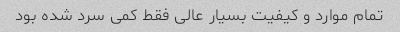
تمام موارد و کیفیت بسیار عالی فقط کمی سرد شده بود